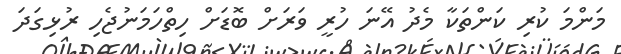
މަންމަ ކުރި ކަންތަކާ މެދު އޭނަ ހުރީ ވަރަށް ބޮޑަށް ހިތްހަމަނުޖެހި ރުޅިގަދަ